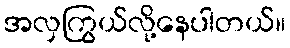
အလှကြွယ်လို့နေပါတယ်။